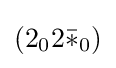
(2_{0}2{\bar {*}}_{0})